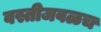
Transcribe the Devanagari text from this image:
वस्तीजवळच